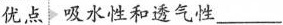
优点吸水性和透气性\underline